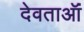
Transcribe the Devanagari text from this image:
देवताऑं